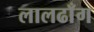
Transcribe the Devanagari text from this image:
लालढाँग